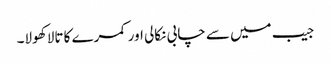
جیب میں سے چابی نکالی اور کمرے کا تالا کھولا۔